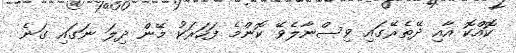
ކޮއްކޮ އާއި ދޭތެރޭގައި ވިސްނާލެވޭ ކޮންމެ ފަހަރަކު މޭން ދިލަ ނަގައި ގަނެ